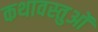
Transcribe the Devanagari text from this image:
कथावस्तुओं